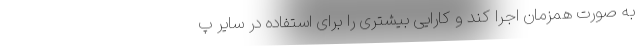
به صورت همزمان اجرا کند و کارایی بیشتری را برای استفاده در سایر پ